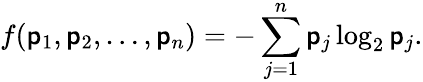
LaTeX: f(\mathsf{p}_{1},\mathsf{p}_{2},\ldots,\mathsf{p}_{n})=-\sum_{j=1}^{n}\mathsf{p}_{j}\log_{2}\mathsf{p}_{j}.